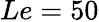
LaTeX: Le=50